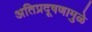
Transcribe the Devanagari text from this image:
अतिप्रदूषणामुळे